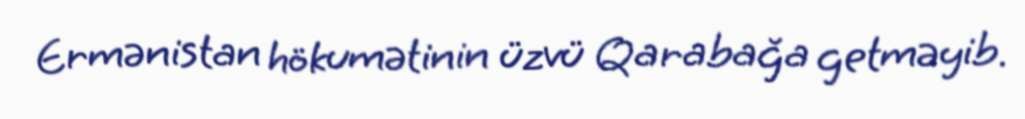
Ermənistan hökumətinin üzvü Qarabağa getməyib.